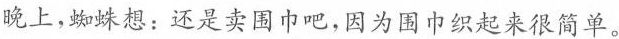
晚上，蜘蛛想：还是卖围巾吧，因为围巾织起来很简单。